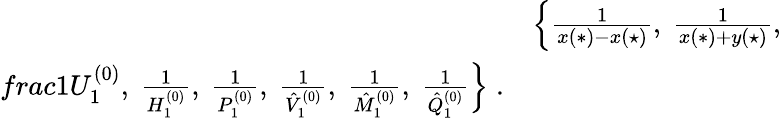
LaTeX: \begin{array}{rl}&{\Big\{ \frac{1}{x(*)-x(\star)},\ \frac{1}{x(*)+y(\star)},}\\ {frac{1}{U_{1}^{(0)}},\ \frac{1}{H_{1}^{(0)}},\ \frac{1}{P_{1}^{(0)}},\ \frac{1}{\hat{V}_{1}^{(0)}},\ \frac{1}{\hat{M}_{1}^{(0)}},\ \frac{1}{\hat{Q}_{1}^{(0)}}\Big\} \; .}\end{array}